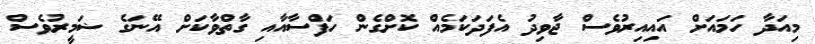
މިއަދާ ހަމައަށް އައިއިރުވެސް ޖާވިދު އެފަދަކަމެއް ކޮށްގެން ހަފްސާއާއި ގާތްވާކަށް އޭނަގެ ޟަމީރުވެސް